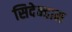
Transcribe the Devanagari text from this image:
सिदेन्हाम